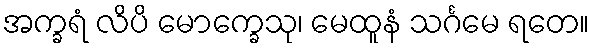
အက္ခရံ လိပိ မောက္ခေသု၊ မေထူနံ သင်္ဂမေ ရတေ။